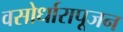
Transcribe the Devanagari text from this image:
वसोर्धारापूजन